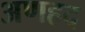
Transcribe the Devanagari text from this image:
अणहद